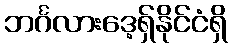
ဘင်္ဂလားဒေ့ရှ်နိုင်ငံရှိ